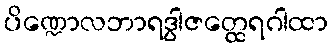
ပိဏ္ဍောလဘာရဒွါဇတ္ထေရဂါထာ